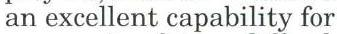
an excellent capability for